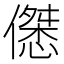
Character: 𱏚